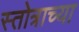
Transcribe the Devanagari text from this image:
स्तोत्राच्या